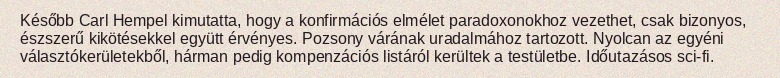
Később Carl Hempel kimutatta, hogy a konfirmációs elmélet paradoxonokhoz vezethet, csak bizonyos, észszerű kikötésekkel együtt érvényes. Pozsony várának uradalmához tartozott. Nyolcan az egyéni választókerületekből, hárman pedig kompenzációs listáról kerültek a testületbe. Időutazásos sci-fi.